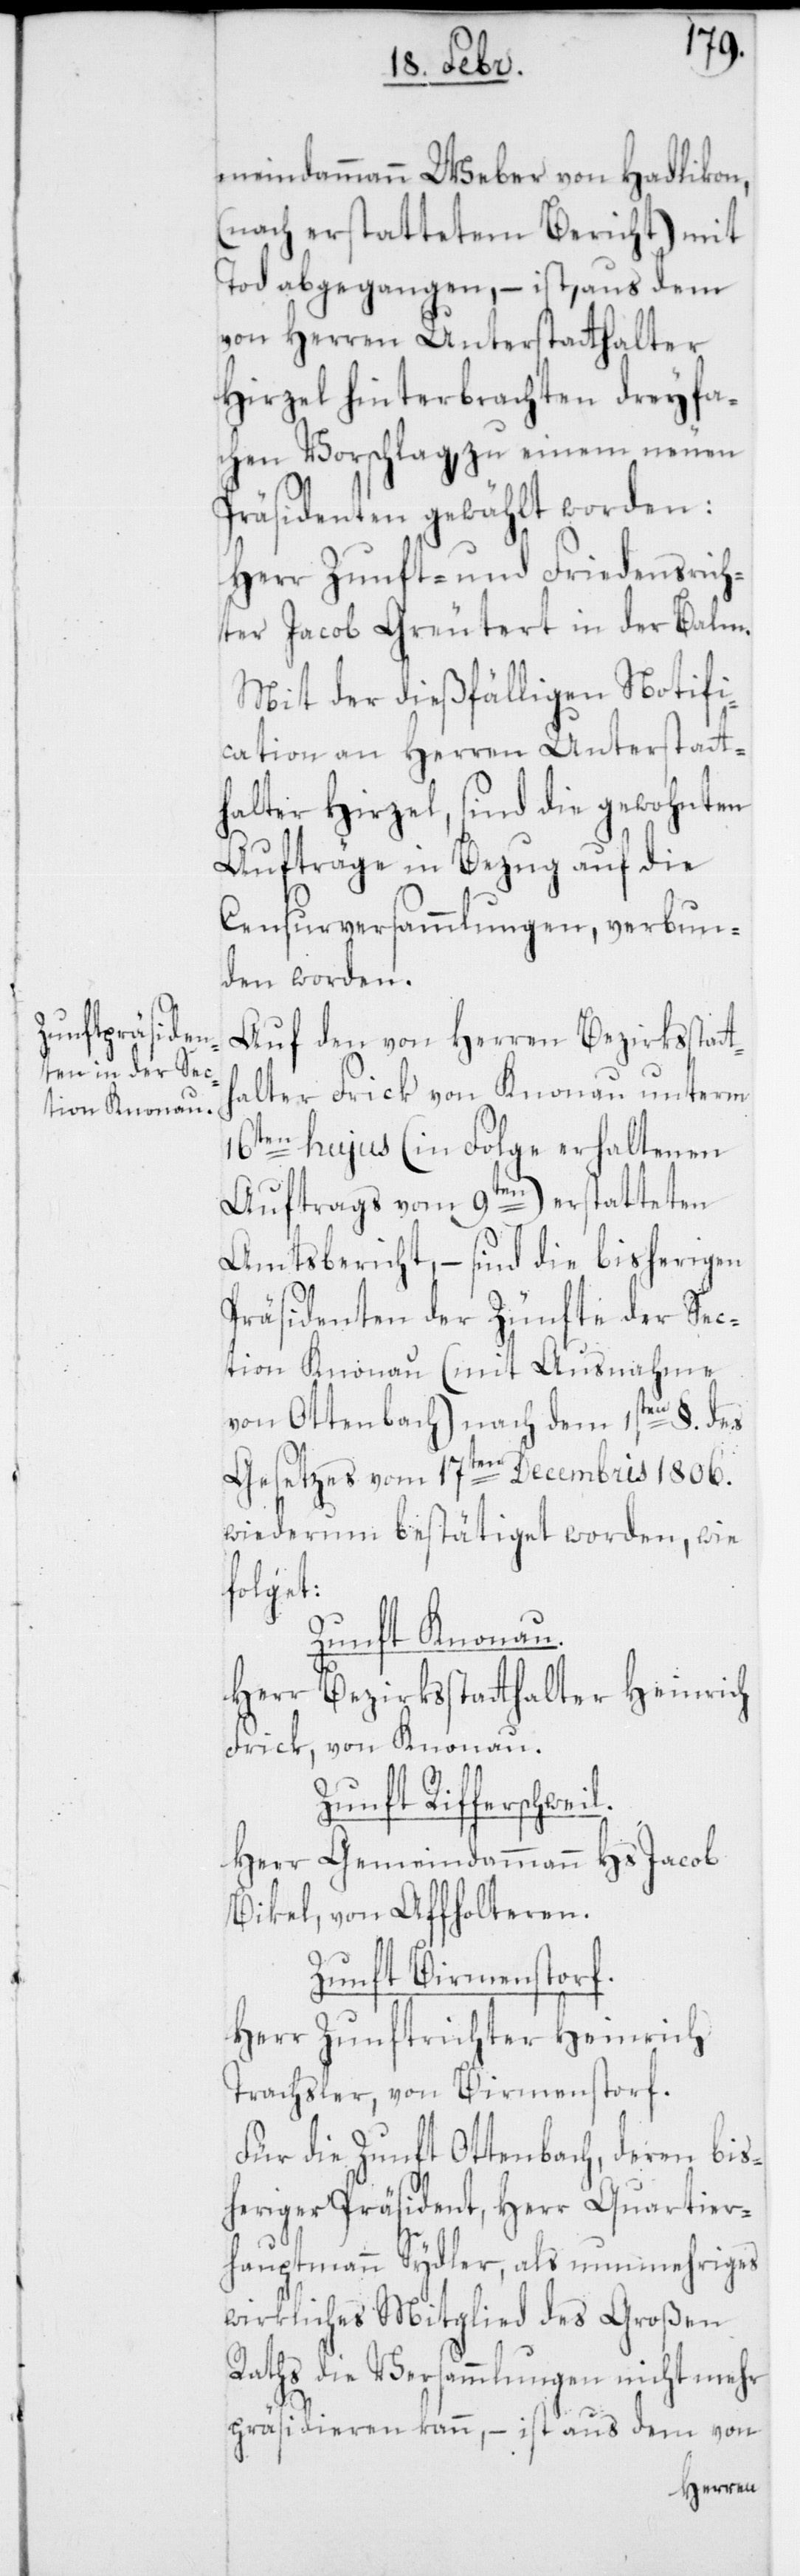
meindammann Weber von Hadlikon
(nach erstattetem Bericht) mit
Tod abgegangen, – ist, aus dem
von Herren Unterstatthalter
Hirzel hinterbrachten dreyfa¬
chen Vorschlag, zu einem neuen
Präsidenten gewählt worden:
Herr Zunft- und Friedensrich¬
ter Jacob Greutert in der Balm.
Mit der dießfälligen Notifi¬
cation an Herren Unterstatt¬
halter Hirzel, sind die gewohnten
Aufträge in Bezug auf die
Censurversammlungen, verbun¬
den worden.
Auf den von Herren Bezirksstatt¬
halter Frick von Knonau unterm
16ten hujus (in Folge erhaltenen
Auftrags vom 9ten) erstatteten
Amtsbericht, – sind die bisherigen
Präsidenten der Zünfte der Sec¬
tion Knonau (mit Ausnahme
von Ottenbach) nach dem 1sten §. des
Gesetzes vom 17ten Decembris 1806.
wiederum bestätiget worden, wie
folget:
Zunft Knonau.
Herr Bezirksstatthalter Heinrich
Frick, von Knonau.
Zunft Rifferschweil.
Herr Gemeindammann Hs. Jacob
Bikel von Affoltern.
Zunft Birmenstorf.
Herr Zunftrichter Heinrich
Trachsler von Birmenstorf.
Für die Zunft Ottenbach, deren bis¬
heriger Präsident, Herr Quartier¬
hauptmann Sydler, als nunmehriges
wirkliches Mitglied des Großen
Raths die Versammlungen nicht mehr
präsidieren kann, – ist aus dem von